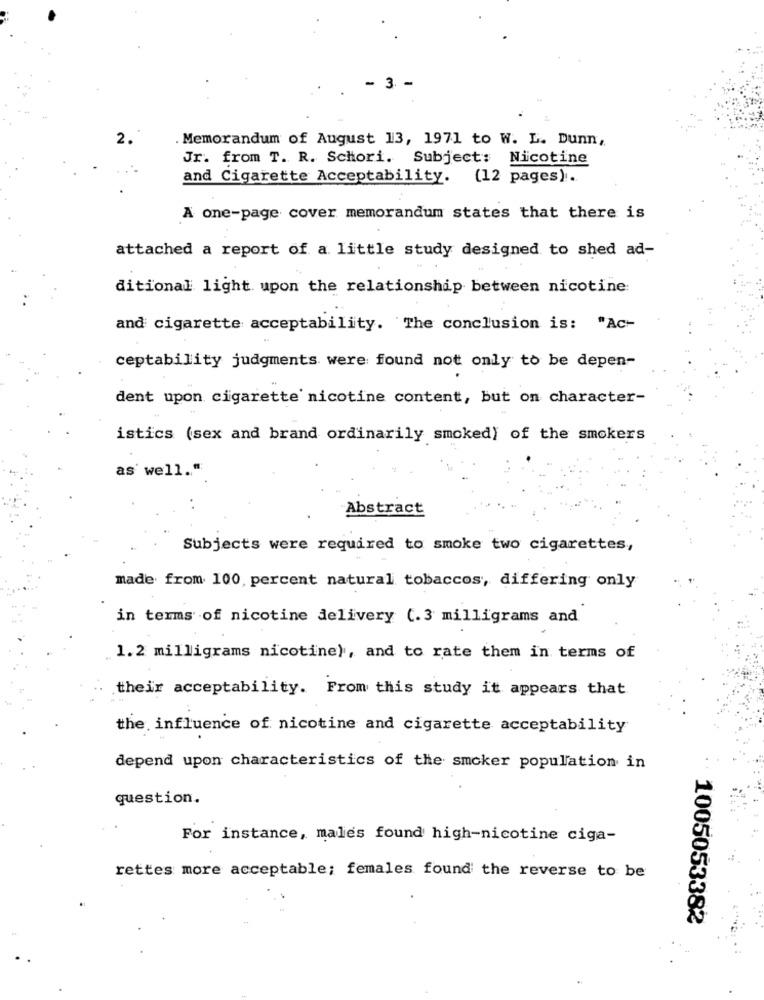
2.
Memorandum of August 13, 1971 to W. L. Dunn,
Jr. from T. R. Schori. Subject: Nicotine
and Cigarette Acceptability. (12 pages).
A one-page cover memorandum states that there is
attached a report of a little study designed to shed ad-
ditional light upon the relationship between nicotine:
and cigarette acceptability. The conclusion is: "Ac-
ceptability judgments were found not only to be depen-
dent upon cigarette nicotine content, but on character-
istics (sex and brand ordinarily smoked) of the smokers
as well .. "
Abstract
Subjects were required to smoke two cigarettes,
made from 100, percent natural tobaccos, differing only
in terms of nicotine delivery (.3 milligrams and
1.2 milligrams nicotine), and to rate them in terms of
their acceptability. From this study it appears that
the influence of nicotine and cigarette acceptability
depend upon characteristics of the smoker population in
..
question.
For instance, males found high-nicotine ciga-
rettes more acceptable; females found the reverse to be
1005053382